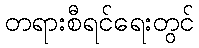
တရားစီရင်ရေးတွင်